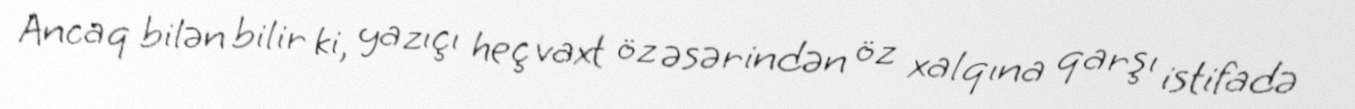
Ancaq bilən bilir ki, yazıçı heç vaxt öz əsərindən öz xalqına qarşı istifadə